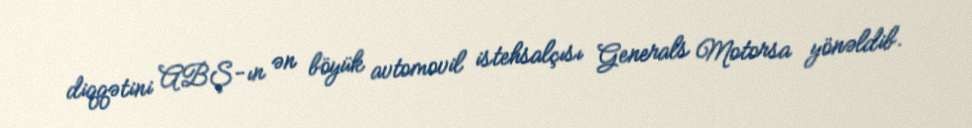
diqqətini ABŞ-ın ən böyük avtomovil istehsalçısı Generals Motorsa yönəldib.